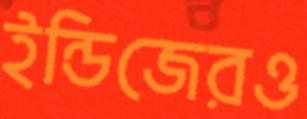
ইন্ডিজেরও